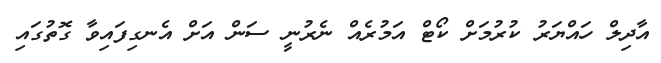
އާދިލް ހައްޔަރު ކުރުމަށް ކޯޓް އަމުރެއް ނެރުނީ ސަން އަށް އެނގިފައިވާ ގޮތުގައި